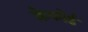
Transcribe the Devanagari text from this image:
क्रेफोर्ड